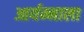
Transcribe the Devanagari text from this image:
आर्यम्माला